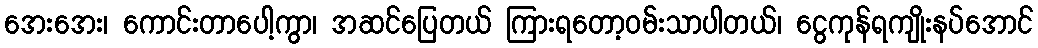
အေးအေး၊ ကောင်းတာပေါ့ကွာ၊ အဆင်ပြေတယ် ကြားရတော့ဝမ်းသာပါတယ်၊ ငွေကုန်ရကျိုးနပ်အောင်